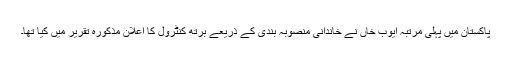
پاکستان میں پہلی مرتبہ ایوب خاں نے خاندانی منصوبہ بندی کے ذریعے برتھ کنٹرول کا اعلان مذکورہ تقریر میں کیا تھا۔